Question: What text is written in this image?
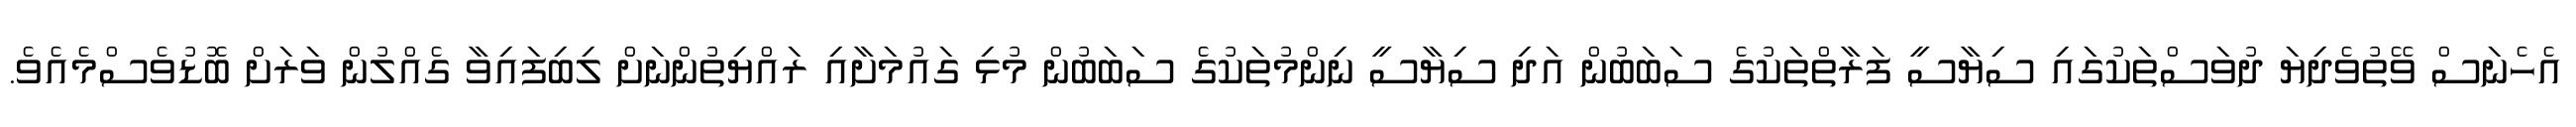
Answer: އެހެނަސް ވޭތުވެދިޔަ ދުވަސްތަކުގައި ސިޔާސީ ފަރާތްތަކުގެ ސަބަބުން އަދި ސިޔާސީ ނިންމުތަކުގެ ސަބަބުން މުޅި ގައުމަށާއި ރައްޔިތުންނަށް ލިބިފައިވާ ގެއްލުން ވަރަށް ބޮޑުވެސްމެއެވެ.